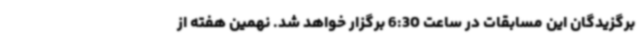
برگزیدگان این مسابقات در ساعت 6:30 برگزار خواهد شد. نهمین هفته از